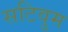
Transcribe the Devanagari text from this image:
सटिवुम